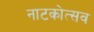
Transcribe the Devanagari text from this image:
नाटकोत्सव